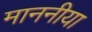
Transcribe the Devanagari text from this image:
माननीया